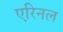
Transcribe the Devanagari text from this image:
एरिनल